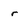
Character: r